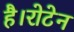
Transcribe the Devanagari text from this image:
है।रोटेन